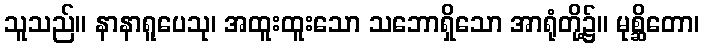
သူသည်။ နာနာရူပေသု၊ အထူးထူးသော သဘောရှိသော အာရုံတို့၌။ မုစ္ဆိတော၊